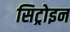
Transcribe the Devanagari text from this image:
सिट्रोइन